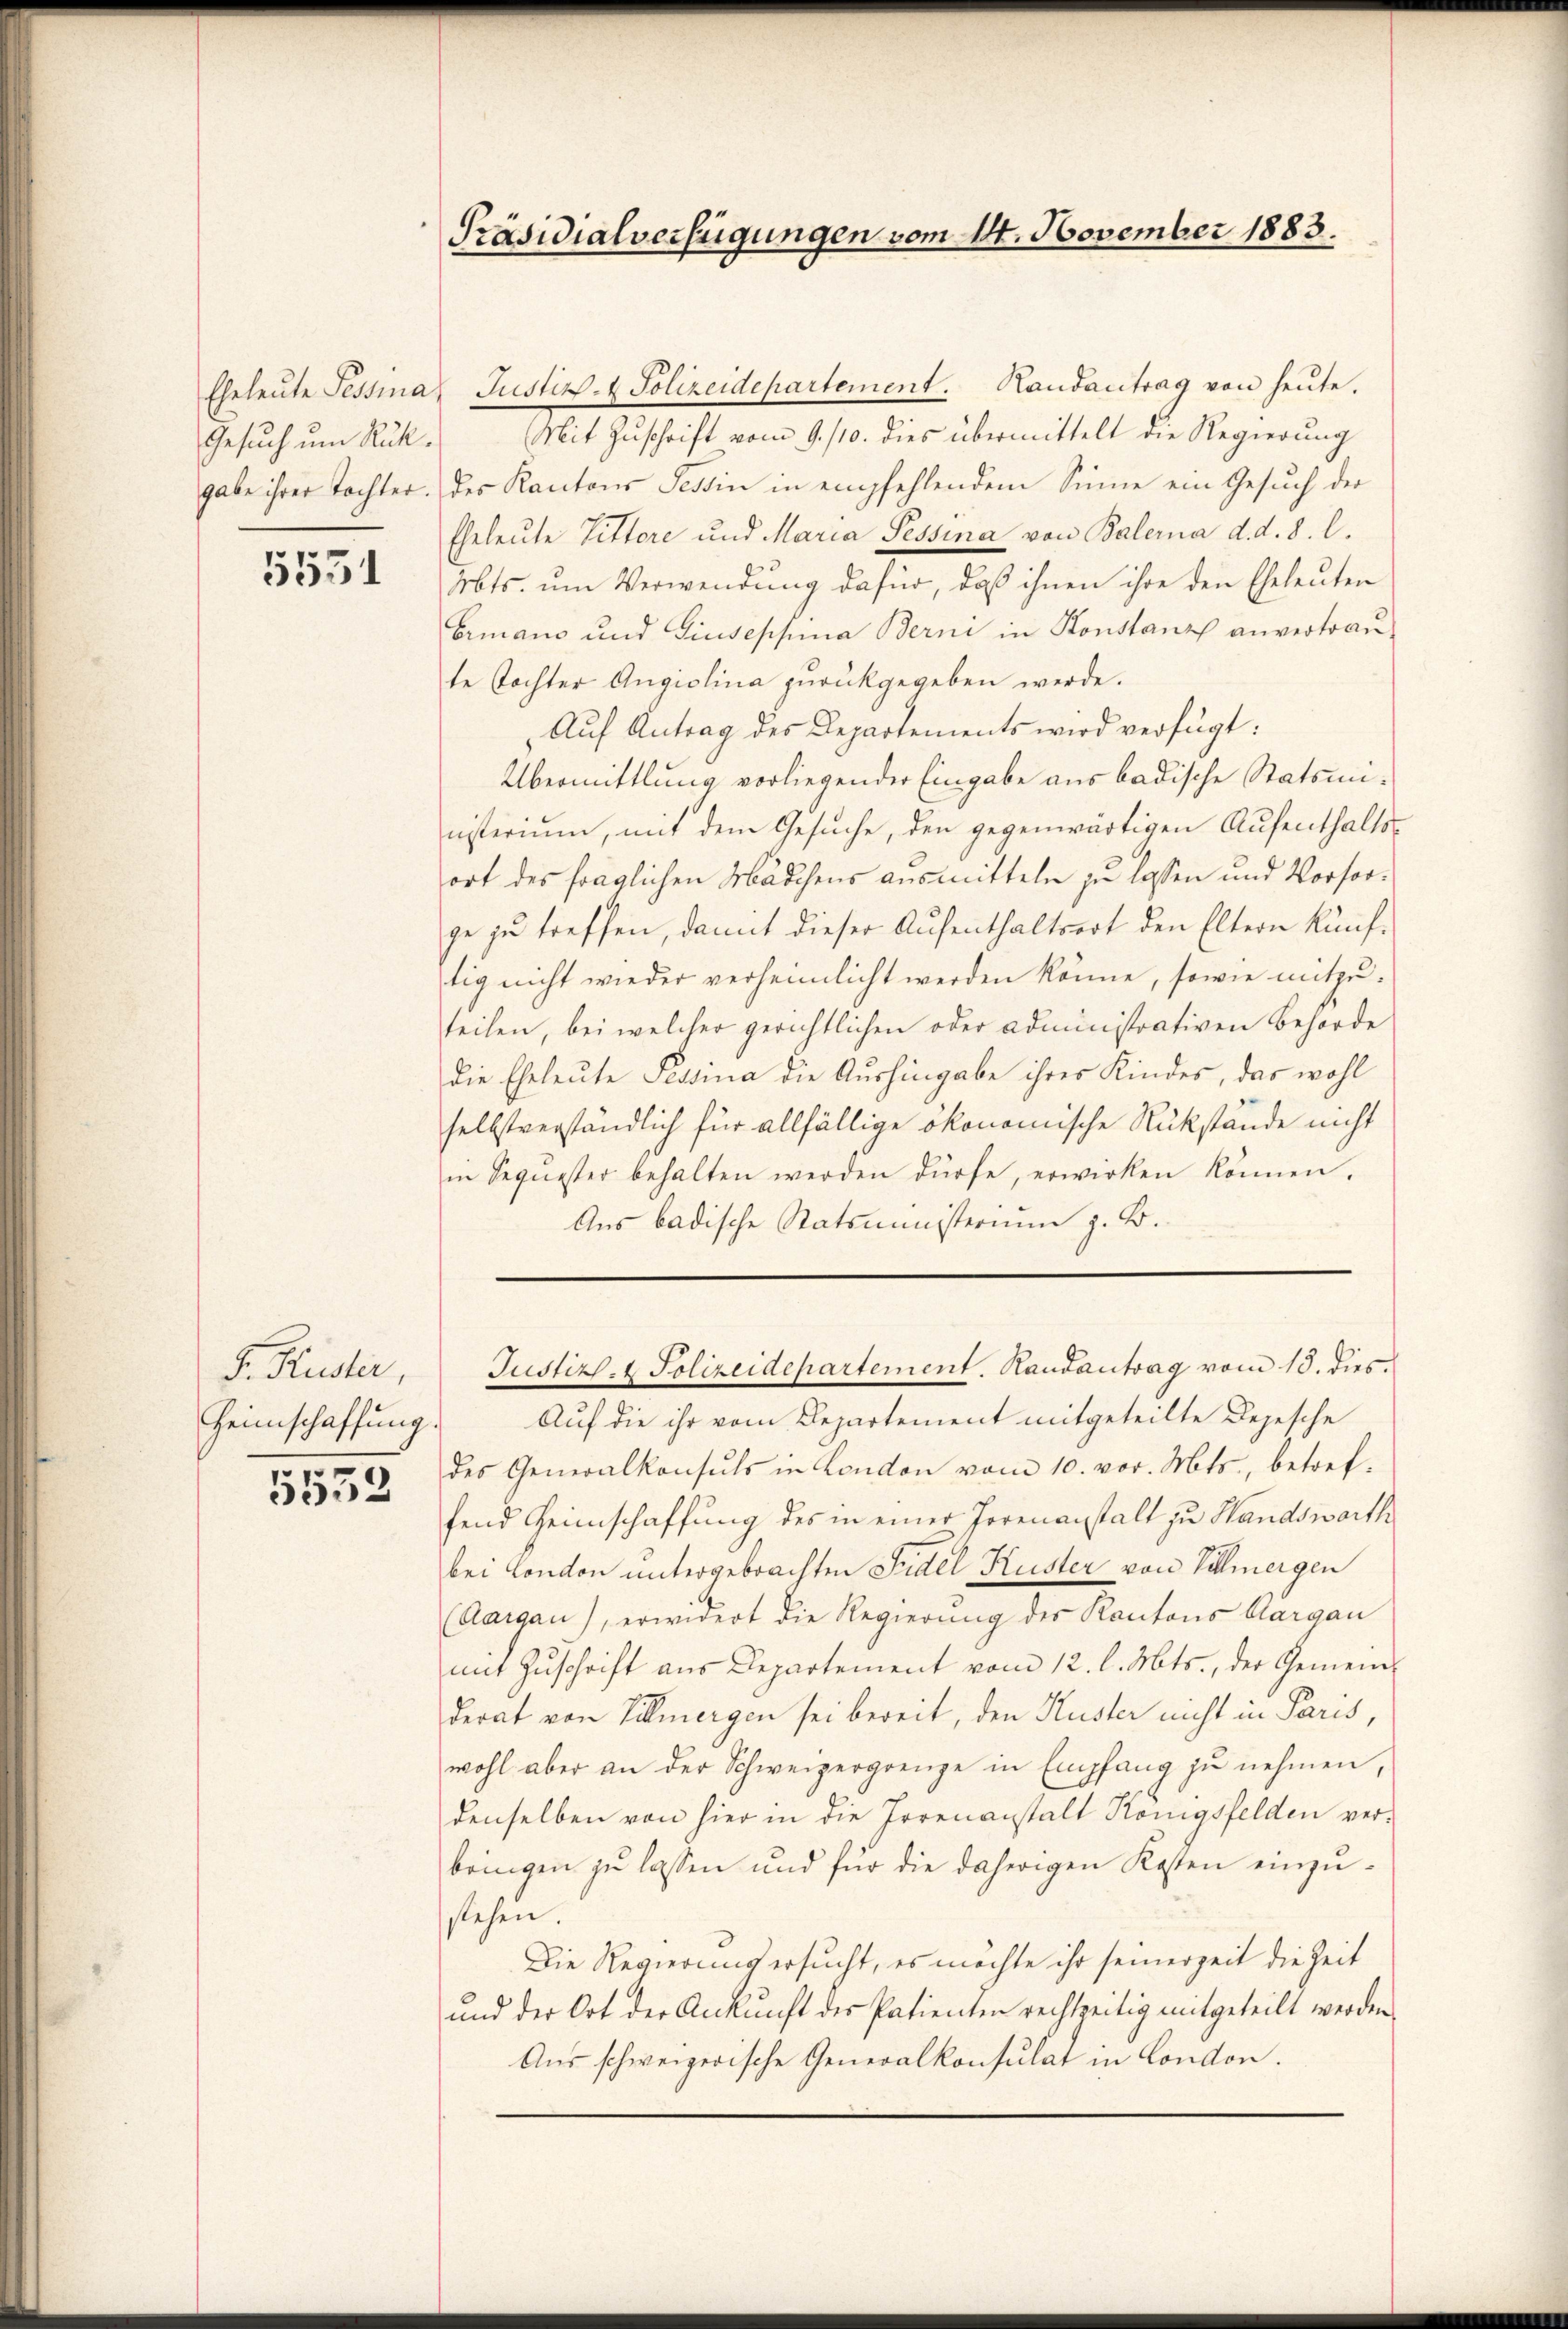
Gesuch um Rük¬

5531

F. Ruder,
Heimschaffung.

5532.

Präsidialverfügungen vom 14. November 1883.

Eheleŭte Tessina Justiz- & Polizeidepartement. Randantrag von heŭte.
Mit Zuschrift vom 9. /10. dies übermittelt die Regierung
gabe ihrer Tochter. des Kantons Tessin in empfehlendem Sinne ein Gesuch der
Eheleute Littore und Maria Pessina von Balerna d. d. 8. l.
Abts. um Verwendung dafür, daß ihnen ihre den Eheleuten
Ermans und Giuseppina Berni in Konstanz anvertraute Tochter Angiolina zurückgegeben werde.
Aŭf Antrag des Departements wird verfügt:
Übermittlung vorliegender Eingabe aus badische Statsministerium, mit dem Gesuche, den gegenwärtigen Aufenthaltsort des fraglichen Mädchens ausmitteln zu lassen und Vorsorge zu treffen, damit dieser Aufenthaltsert den Eltern künftig nicht wieder verheimlicht werden könne, sowie mitzuteilen, bei welcher gerichtlichen oder administrativen Behörde
die Eheleute Sessina die Aushingabe ihres Kindes, das wohl
selbstverständlich für allfällige ökonomische Rückstände nicht
in Sequester behalten werden dürfe, erwirken können.
Aus badische Ratsministerium z. B.

Justiz- & Polizeidepartement. Randantrag vom 18. dies

Auf die ihr vom Departement mitgeteilte Depesche
des Generalkonsuls in London vom 10. vor. Mts., betreffend Heimschaffung des in einer Torenanstalt zu Handswarth
bei Condon untergebrachten Fidel Kuster von Villmergen
(Aargau), erwidert die Regierŭng des Kantons Aargau
mit Zŭschrift aus Departement vom 12. l. Mts., der Gemein-
derat von Villmergen sei bereit, den Kuster nicht in Paris,
wohl aber an der Schweizergrenze in Empfang zŭ nehmen,
denselben von hier in die Irrenanstalt Königsfelden verbringen zu lassen und für die daherigen Kosten einzustehen.
Die Regierung ersucht, es möchte ihr seinerzeit die Zeit
ŭnd der Ort der Ankunft des Patienten rechtzeitig mitgeteilt werden.
Aus schweizerische Generalkonsulat in London.